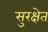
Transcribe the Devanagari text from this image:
सुरक्षेत